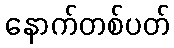
နောက်တစ်ပတ်